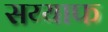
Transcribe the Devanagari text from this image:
सय्याफ